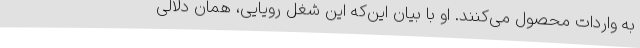
به واردات محصول می‌کنند. او با بیان این‌که این شغل رویایی، همان دلالی